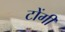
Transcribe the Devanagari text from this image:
टोंगी